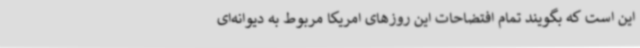
این است که بگویند تمام افتضاحات این روزهای امریکا مربوط به دیوانه‌ای